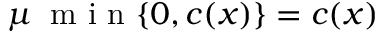
\mu \: \mathrm { ~ m ~ i ~ n ~ } \{ 0 , c ( x ) \} = c ( x )